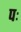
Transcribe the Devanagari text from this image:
पः